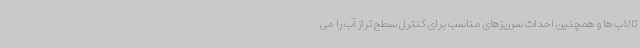
تالاب ها و همچنین احداث سرریزهای مناسب برای کنترل سطح تراز آب را می